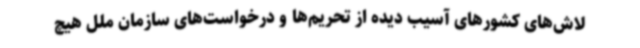
لاش‌های کشورهای آسیب دیده از تحریم‌ها و درخواست‌های سازمان ملل هیچ